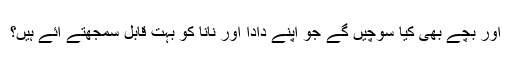
اور بچے بھی کیا سوچیں گے جو اپنے دادا اور نانا کو بہت قابل سمجھتے آئے ہیں؟